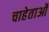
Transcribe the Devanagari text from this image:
चाहेताओं